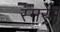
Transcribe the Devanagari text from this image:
स्मरेम